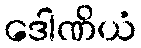
ဒေါဏိယံ